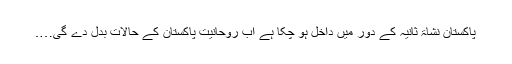
پاکستان نشاۃ ثانیہ کے دور میں داخل ہو چکا ہے اب روحانیت پاکستان کے حالات بدل دے گی….